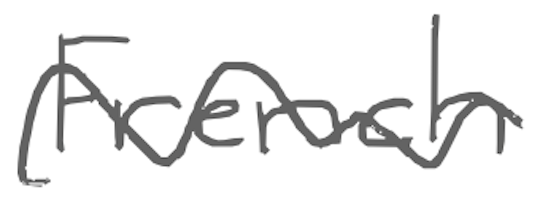
Text: French
Cross-out: wave
Writing tool: digital_gray